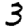
Digit: 3